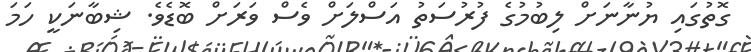
ގޮތުގައި ޔުނާނަށް ލިބުމުގެ ފުރުސަތު އަސްލަށް ވެސް ވަރަށް ބޮޑެވެ. ޝިބާނަކީ ހަމަ